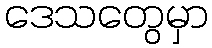
ဒေသတွေမှာ